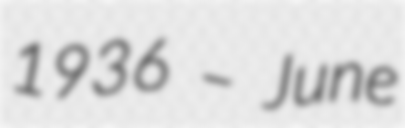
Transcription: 1936 – June